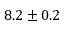
8 . 2 \pm 0 . 2